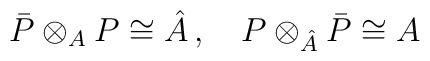
\bar P\otimes_{A}P\cong \hat A \, , \quad P\otimes_{\hat A}\bar P \cong A